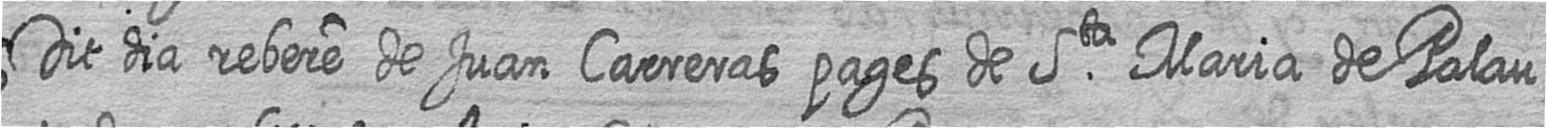
Dit dia rebere de Juan Carreras pages de Sta Maria de Palau